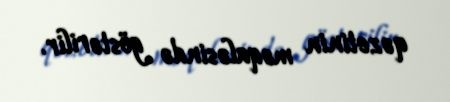
qəzetinin məqaləsində göstərilir.